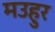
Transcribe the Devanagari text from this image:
मउहुर